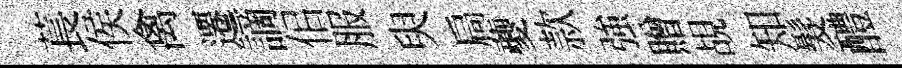
萇侯禽遷謫佀服臾扃夔款強贈覘知髮醴